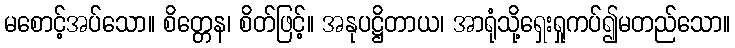
မစောင့်အပ်သော။ စိတ္တေန၊ စိတ်ဖြင့်။ အနုပဋ္ဌိတာယ၊ အာရုံသို့ရှေးရှုကပ်၍မတည်သော။